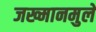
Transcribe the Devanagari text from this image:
जख्मानमुले